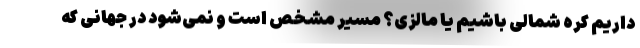
داریم کره شمالی باشیم یا مالزی؟ مسیر مشخص است و نمی‌شود در جهانی که